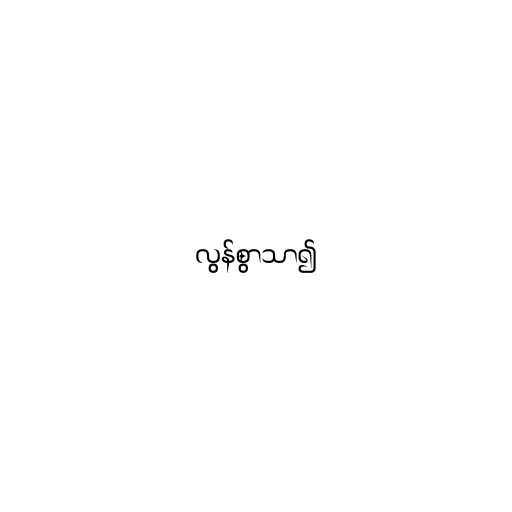
လွန်စွာသာ၍